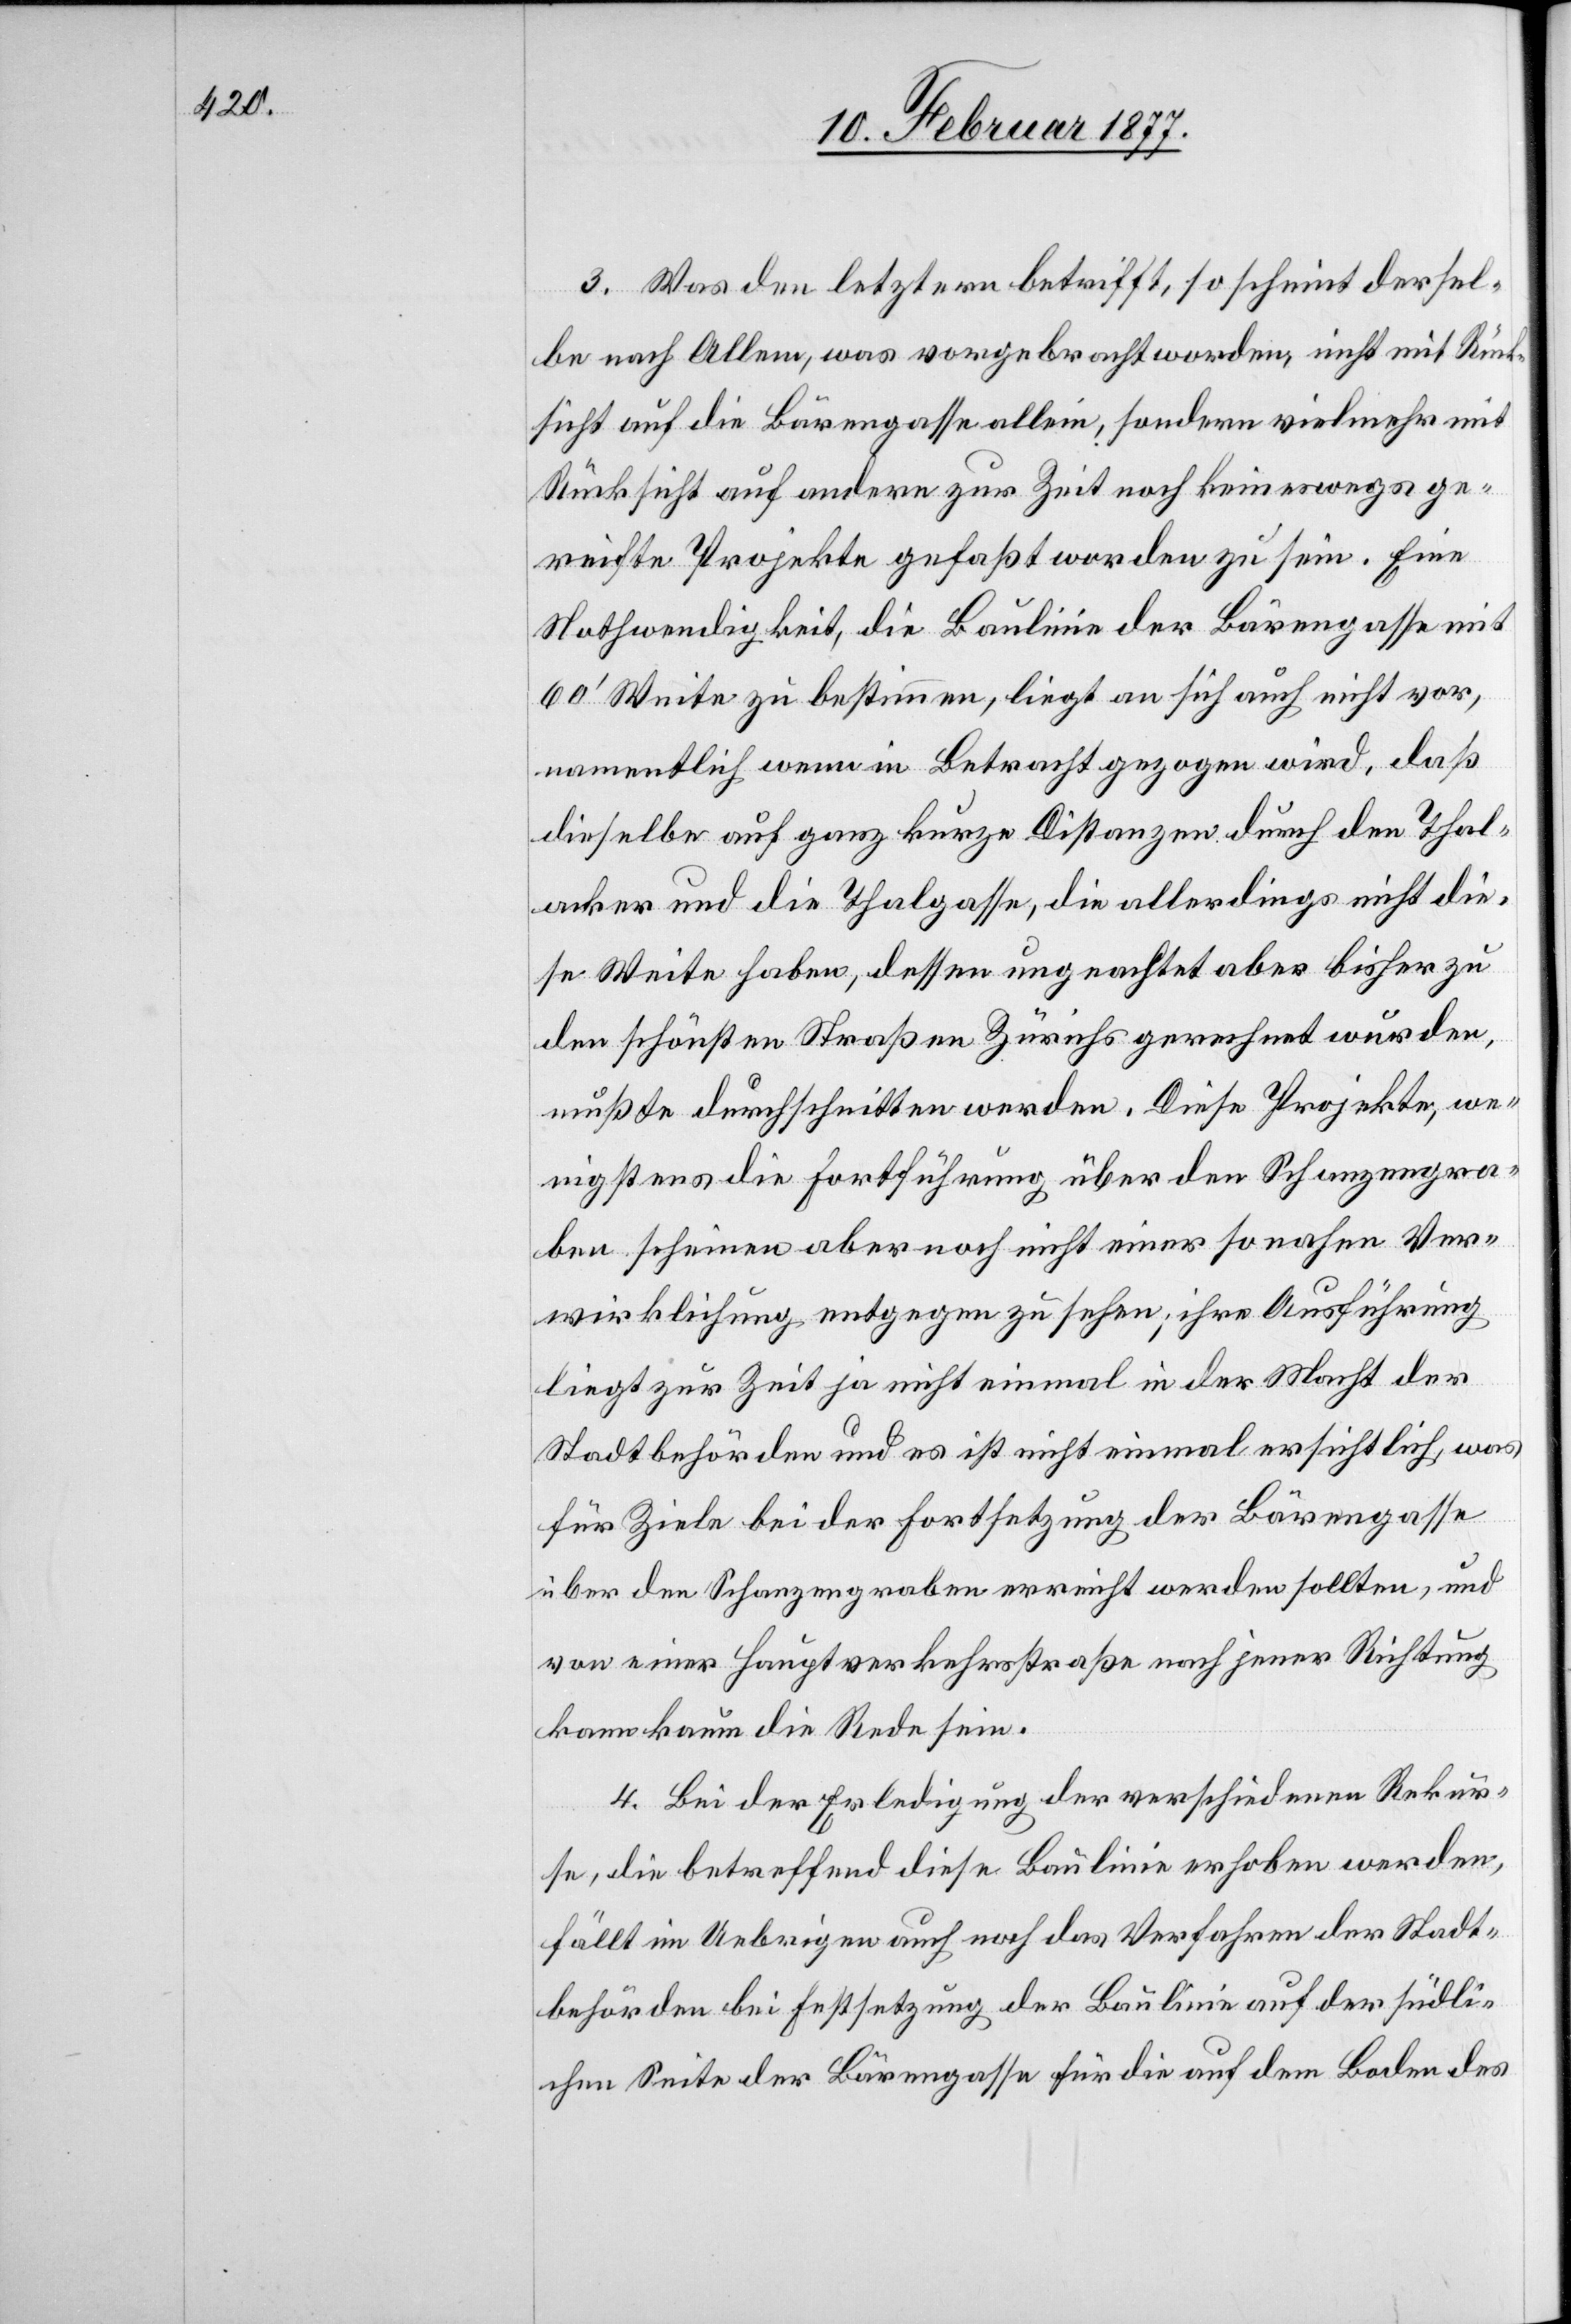
3. Was den letztern betrifft, so scheint dersel¬
be nach Allem, was vorgebracht worden, nicht mit Rück¬
sicht auf die Bärengasse allein, sondern vielmehr mit
Rücksicht auf andere zur Zeit noch keineswegs ge¬
reifte Projekte gefaßt worden zu sein. Eine
Nothwendigkeit, die Baulinie der Bärengasse mit
60’ Weite zu bestimmen, liegt an sich auch nicht vor,
namentlich wenn in Betracht gezogen wird, daß
dieselbe auf ganz kurze Distanzen durch den Thal¬
acker und die Thalgasse, die allerdings nicht die¬
se Weite haben, dessen ungeachtet aber bisher zu
den schönsten Straßen Zürichs gerechnet wurden,
mußte durchschnitten werden. Diese Projekte, we¬
nigstens die Fortführung über den Schanzengra¬
ben scheinen aber noch nicht einer so nahen Ver¬
wirklichung entgegen zu sehen; ihre Ausführung
liegt zur Zeit ja nicht einmal in der Macht der
Stadtbehörden und es ist nicht einmal ersichtlich, was
für Ziele bei der Fortsetzung der Bärengasse
über den Schanzengraben erreicht werden sollten, und
von einer Hauptverkehrstraße nach jener Richtung
kann kaum die Rede sein.
4. Bei der Erledigung der verschiedenen Rekur¬
se, die betreffend diese Baulinie erhoben worden,
fällt im Uebrigen auch noch das Verfahren der Stadt¬
behörden bei Festsetzung der Baulinie auf der südli¬
chen Seiten der Bärengasse für die auf dem Boden des